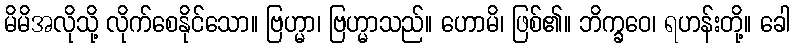
မိမိအလိုသို့ လိုက်စေနိုင်သော။ ဗြဟ္မာ၊ ဗြဟ္မာသည်။ ဟောမိ၊ ဖြစ်၏။ ဘိက္ခဝေ၊ ရဟန်းတို့။ ခေါ